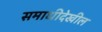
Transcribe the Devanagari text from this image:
समाधीदेखील